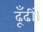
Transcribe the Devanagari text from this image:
ढूँढीं।